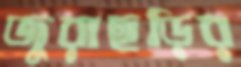
জুরাছড়ির